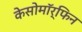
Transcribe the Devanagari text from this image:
केसोमॉर्फिन